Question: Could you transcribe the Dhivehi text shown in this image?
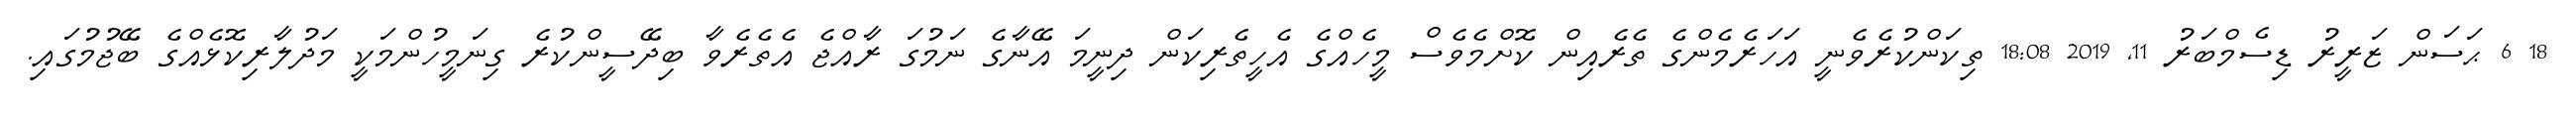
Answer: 18 6 ޙަސަން ޒަރީރު ޑިސެމްބަރު 11, 2019 18:08 ތިކަންކުރެވެނީ އަހަރެމެންގެ ތެރެއިން ކޮށްމެވެސް މީހެއްގެ އެހީތެރިކަން ދިނީމަ އޭނާގެ ނަމުގަ ރާއްޖެ އެތެރެވާ ބިދޭސީންކުރެ ގިނަމީހުންމަކީ މަދުލާރިކޮޅެއްގެ ބޭޖުމުގައި.